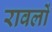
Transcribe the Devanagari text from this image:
रावलों